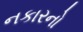
નકારનો